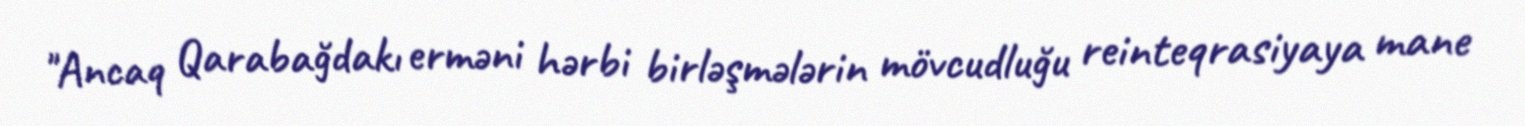
"Ancaq Qarabağdakı erməni hərbi birləşmələrin mövcudluğu reinteqrasiyaya mane